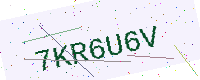
Text: 7KR6U6V